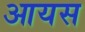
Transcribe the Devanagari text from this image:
आयस